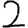
Digit: 2